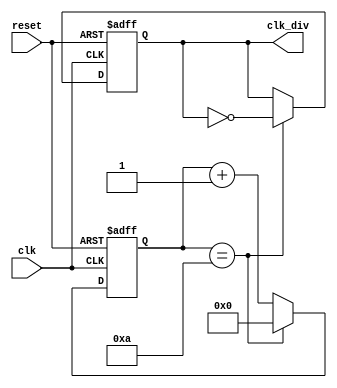
module clk_divider (
    input clk,
    input reset,
    output reg clk_div
    );

    reg [3:0] counter = 0;

    always @(posedge clk or posedge reset) begin
        if (reset) begin
            counter <= 0;
            clk_div <= 0;
        end
        else begin
            counter <= counter + 1;
            if (counter == 10) begin
                counter <= 0;
                clk_div <= ~clk_div;
            end
        end
    end
endmodule